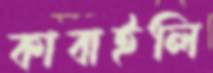
কাবাইলি